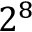
2 ^ { 8 }